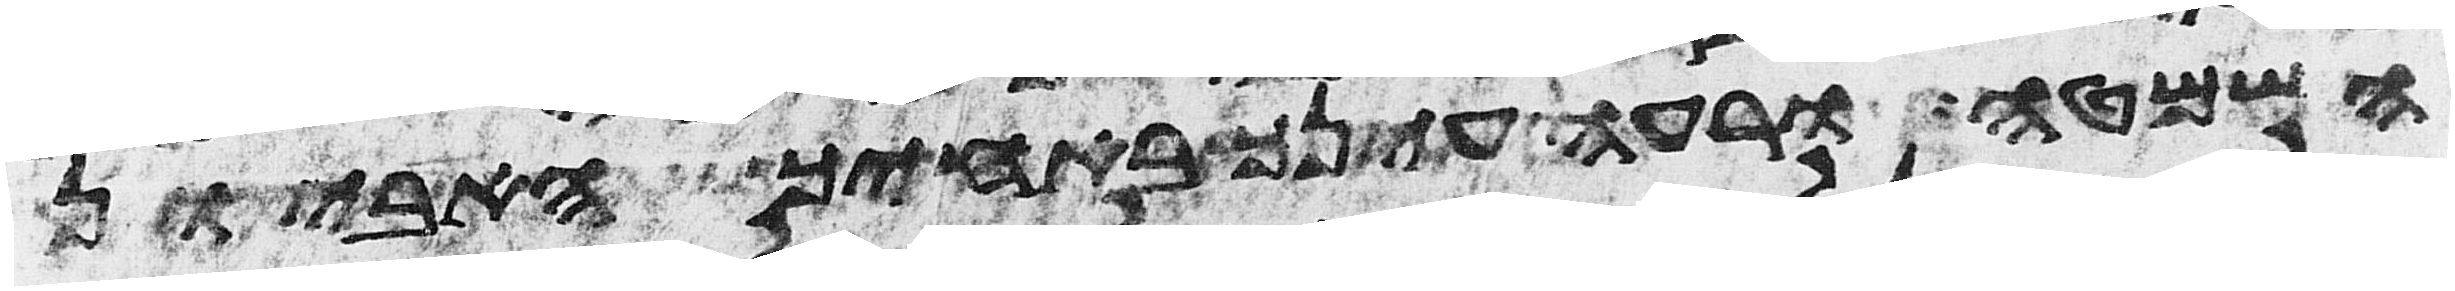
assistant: השמטה ורעה עינך באחיך האביון